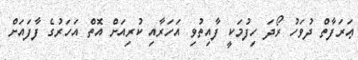
ޢަރަފާތް ދުވަހު ރޯދަ ހިފުމަކީ ފާއިތުވި އަހަރާއި ކުރިއަށް އޮތް އަހަރުގެ ފާފައަށް